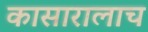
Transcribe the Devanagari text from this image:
कासारालाच